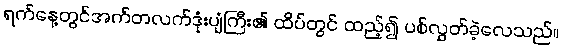
ရက်နေ့တွင်အက်တလက်ဒုံးပျံကြီး၏ ထိပ်တွင် ထည့်၍ ပစ်လွှတ်ခဲ့လေသည်။